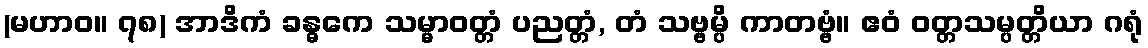
(မဟာဝ။ ၇၈) အာဒိကံ ခန္ဓကေ သမ္မာဝတ္တံ ပညတ္တံ, တံ သဗ္ဗမ္ပိ ကာတဗ္ဗံ။ ဧဝံ ဝတ္တသမ္ပတ္တိယာ ဂရုံ